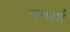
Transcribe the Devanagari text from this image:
सन्घर्श